Annual report on the Civil Veterinary Department, Burma (including the Insein Veterinary School) - 1923-1931
Year: 1923
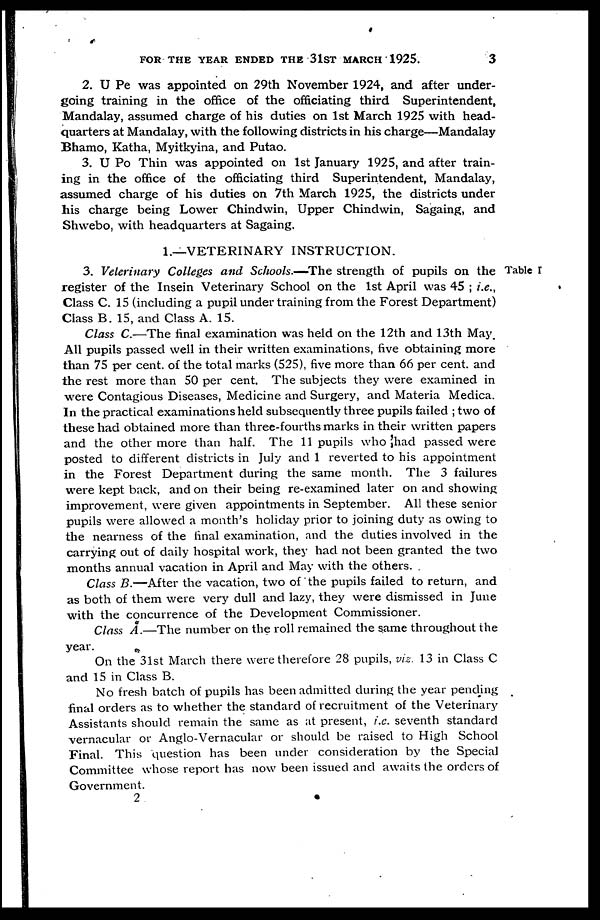
FOR THE YEAR ENDED THE 31ST MARCH 1925.
3
2. U Pe was appointed on 29th November 1924, and after under-
going training in the office of the officiating third Superintendent,
Mandalay, assumed charge of his duties on 1st March 1925 with head-
quarters at Mandalay, with the following districts in his charge—Mandalay
Bhamo, Katha, Myitkyina, and Putao.
3. U Po Thin was appointed on 1st January 1925, and after train-
ing in the office of the officiating third Superintendent, Mandalay,
assumed charge of his duties on 7th March 1925, the districts under
his charge being Lower Chindwin, Upper Chindwin, Sagaing, and
Shwebo, with headquarters at Sagaing.
1.—VETERINARY INSTRUCTION.
Table I
3. Veterinary Colleges and Schools.-—The strength of pupils on the
register of the Insein Veterinary School on the 1st April was 45 ; i.e.,
Class C. 15 (including a pupil under training from the Forest Department)
Class B. 15, and Class A. 15.
Class C.—The final examination was held on the 12th and 13th May.
All pupils passed well in their written examinations, five obtaining more
than 75 per cent. of the total marks (525), five more than 66 per cent. and
the rest more than 50 per cent. The subjects they were examined in
were Contagious Diseases, Medicine and Surgery, and Materia Medica.
In the practical examinations held subsequently three pupils failed ; two of
these had obtained more than three-fourths marks in their written papers
and the other more than half. The 11 pupils who had passed were
posted to different districts in July and 1 reverted to his appointment
in the Forest Department during the same month. The 3 failures
were kept back, and on their being re-examined later on and showing
improvement, were given appointments in September. All these senior
pupils were allowed a month's holiday prior to joining duty as owing to
the nearness of the final examination, and the duties involved in the
carrying out of daily hospital work, they had not been granted the two
months annual vacation in April and May with the others.
Class B.—After the vacation, two of the pupils failed to return, and
as both of them were very dull and lazy, they were dismissed in June
with the concurrence of the Development Commissioner.
Class A.—The number on the roll remained the same throughout the
year.
On the 31st March there were therefore 28 pupils, viz. 13 in Class C
and 15 in Class B.
No fresh batch of pupils has been admitted during the year pending
final orders as to whether the standard of recruitment of the Veterinary
Assistants should remain the same as at present, i.e. seventh standard
vernacular or Anglo-Vernacular or should be raised to High School
Final. This question has been under consideration by the Special
Committee whose report has now been issued and awaits the orders of
Government.
2